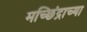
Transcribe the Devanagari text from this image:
मच्छिंद्राच्या